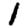
Digit: 1